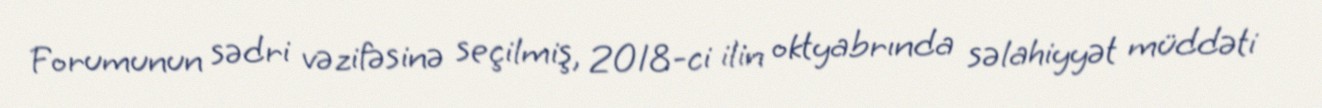
Forumunun sədri vəzifəsinə seçilmiş, 2018-ci ilin oktyabrında səlahiyyət müddəti